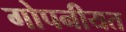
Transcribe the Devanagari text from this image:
गोपनीयत